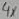
Text: 4X